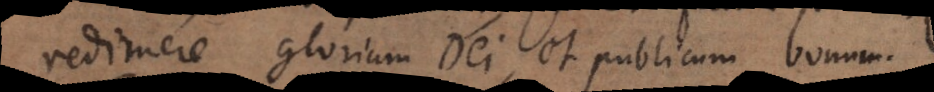
edimere gloriam Dei, et publicum bonum.